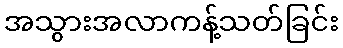
အသွားအလာကန့်သတ်ခြင်း